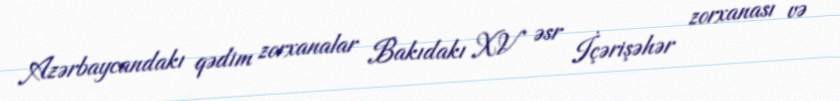
Azərbaycandakı qədim zorxanalar Bakıdakı XV əsr İçərişəhər zorxanası və